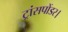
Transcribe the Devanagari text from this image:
ट्रांसपोंडर।